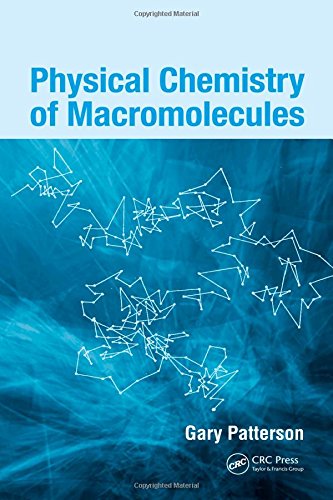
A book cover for Physical Chemistry of Macromolecules; Gary Patterson; Science & Math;